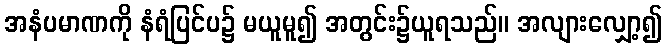
အနံပမာဏကို နံရံပြင်ပ၌ မယူမူ၍ အတွင်း၌ယူရသည်။ အလျားလျှော့၍